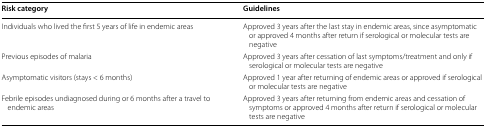
<table><thead><tr><td><b>Risk category</b></td><td><b>Guidelines</b></td></tr></thead><tbody><tr><td>Individuals who lived the first 5 years of life in endemic areas</td><td>Approved 3 years after the last stay in endemic areas, since asymptomatic or approved 4 months after return if serological or molecular tests are negative</td></tr><tr><td>Previous episodes of malaria</td><td>Approved 3 years after cessation of last symptoms/treatment and only if serological or molecular tests are negative</td></tr><tr><td>Asymptomatic visitors (stays &lt; 6 months)</td><td>Approved 1 year after returning of endemic areas or approved if serological or molecular tests are negative</td></tr><tr><td>Febrile episodes undiagnosed during or 6 months after a travel to endemic areas</td><td>Approved 3 years after returning from endemic areas and cessation of symptoms or approved 4 months after return if serological or molecular tests are negative</td></tr></tbody></table>